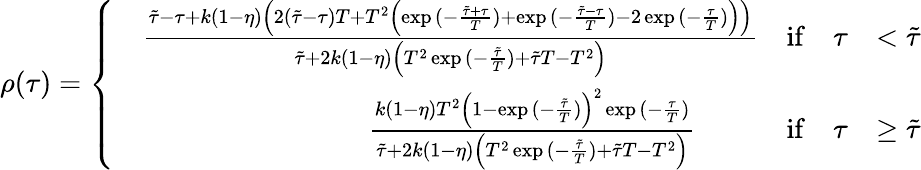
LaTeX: \rho(\tau)=\left\{ \begin{array}{rlrl}&{\frac{\tilde{\tau}-\tau+k(1-\eta)\left(2(\tilde{\tau}-\tau)T+T^{2}\left(\exp{(-\frac{\tilde{\tau}+\tau}{T})}+\exp{(-\frac{\tilde{\tau}-\tau}{T})}-2\exp{(-\frac{\tau}{T})}\right)\right)}{\tilde{\tau}+2k(1-\eta)\left(T^{2}\exp{(-\frac{\tilde{\tau}}{T})}+\tilde{\tau}T-T^{2}\right)}}&{\mathrm{if}\quad\tau}&{<\tilde{\tau}}\\ &{\quad\quad\quad\quad\quad\quad\quad\quad\frac{k(1-\eta)T^{2}\left(1-\exp{(-\frac{\tilde{\tau}}{T})}\right)^{2}\exp{(-\frac{\tau}{T})}}{\tilde{\tau}+2k(1-\eta)\left(T^{2}\exp{(-\frac{\tilde{\tau}}{T})}+\tilde{\tau}T-T^{2}\right)}}&{\mathrm{if}\quad\tau}&{\geq\tilde{\tau}}\end{array}\right.